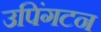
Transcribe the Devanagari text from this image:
उपिंगटन